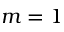
m = 1